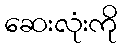
ဆေးလုံးကို